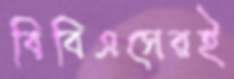
বিবিএসেরই